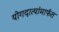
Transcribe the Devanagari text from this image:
योगदात्यांमार्फत